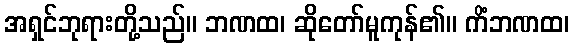
အရှင်ဘုရားတို့သည်။ ဘဏထ၊ ဆိုတော်မူကုန်၏။ ကိံဘဏထ၊